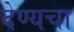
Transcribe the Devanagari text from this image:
देण्यचा